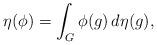
LaTeX: \begin{align*}\eta(\phi) = \int_G \phi(g) \, d\eta(g), \end{align*}